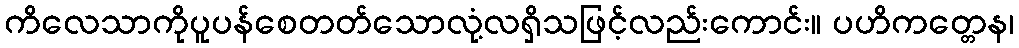
ကိလေသာကိုပူပန်စေတတ်သောလုံ့လရှိသဖြင့်လည်းကောင်း။ ပဟိကတ္တေန၊